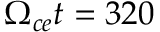
\Omega _ { c e } t = 3 2 0